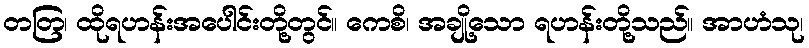
တတြ၊ ထိုရဟန်းအပေါင်းတို့တွင်။ ကေစိ၊ အချို့သော ရဟန်းတို့သည်။ အာဟံသု၊